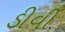
ડીવી